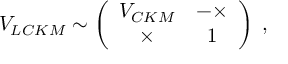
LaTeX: V _ { L C K M } \sim \left( \begin{array} { c c } { { V _ { C K M } } } & { { - \times } } \\ { { \times } } & { { 1 } } \end{array} \right) \; ,